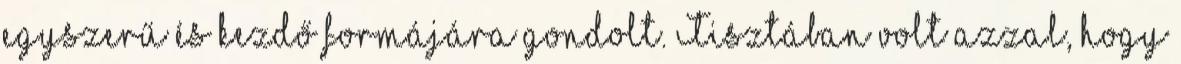
egyszerű és kezdő formájára gondolt. Tisztában volt azzal, hogy